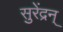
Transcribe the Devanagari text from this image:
सुरेंद्रन्